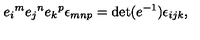
e _ { i } { } ^ { m } e _ { j } { } ^ { n } e _ { k } { } ^ { p } \epsilon _ { m n p } = \det ( e ^ { - 1 } ) \epsilon _ { i j k } ,